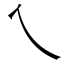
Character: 乀